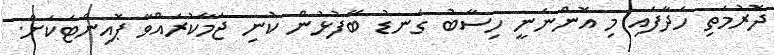
ދޮރުމަތި ހަދާފައި މި އޮންނަނީ ހިސާބު ގަނޑު ބޭފުޅުން ކުނި ޖަމާކުރައްވާ ޕޮއިންޓަކަށް.